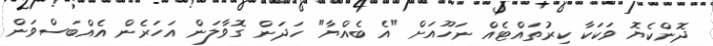
ދޮންކެޔޮ ވަކަކާ ކިރުތައްޓެއް ނަހޫއަށް "އެ ބެއްޔާ" ހަދަން ގޮވާލަން އަހަރެން އެއްބަސްވަން